Resolution. No. 1369 Ex.
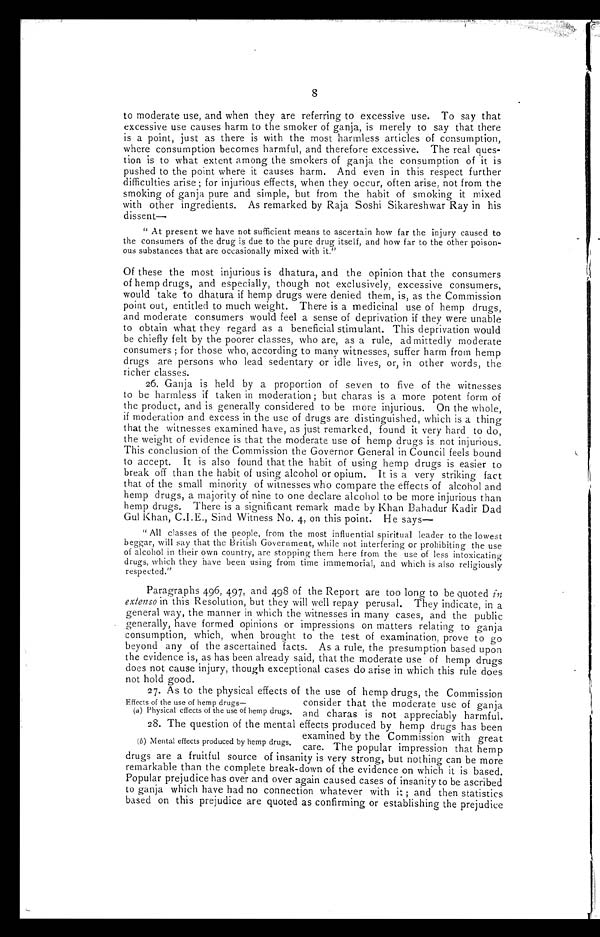
8
to moderate use, and when they are referring to excessive use. To say that
excessive use causes harm to the smoker of ganja, is merely to say that there
is a point, just as there is with the most harmless articles of consumption,
where consumption becomes harmful, and therefore excessive. The real ques-
tion is to what extent among the smokers of ganja the consumption of it is
pushed to the point where it causes harm. And even in this respect further
difficulties arise; for injurious effects, when they occur, often arise, not from the
smoking of ganja pure and simple, but from the habit of smoking it mixed
with other ingredients. As remarked by Raja Soshi Sikareshwar Ray in his
dissent—
" At present we have not sufficient means to ascertain how far the injury caused to
the consumers of the drug is due to the pure drug itself, and how far to the other poison-
ous substances that are occasionally mixed with it."
Of these the most injurious is dhatura, and the opinion that the consumers
of hemp drugs, and especially, though not exclusively, excessive consumers,
would take to dhatura if hemp drugs were denied them, is, as the Commission
point out, entitled to much weight. There is a medicinal use of hemp drugs,
and moderate consumers would feel a sense of deprivation if they were unable
to obtain what they regard as a beneficial stimulant. This deprivation would
be chiefly felt by the poorer classes, who are, as a rule, ad mittedly moderate
consumers; for those who, according to many witnesses, suffer harm from hemp
drugs are persons who lead sedentary or idle lives, or, in other words, the
richer classes.
26. Ganja is held by a proportion of seven to five of the witnesses
to be harmless if taken in moderation; but charas is a more potent form of
the product, and is generally considered to be more injurious. On the whole,
if moderation and excess in the use of drugs are distinguished, which is a thing
that the witnesses examined have, as just remarked, found it very hard to do,
the weight of evidence is that the moderate use of hemp drugs is not injurious.
This conclusion of the Commission the Governor General in Council feels bound
to accept. It is also found that the habit of using hemp drugs is easier to
break off than the habit of using alcohol or opium. It is a very striking fact
that of the small minority of witnesses who compare the effects of alcohol and
hemp drugs, a majority of nine to one declare alcohol to be more injurious than
hemp drugs. There is a significant remark made by Khan Bahadur Kadir Dad
Gul Khan, C.I.E., Sind Witness No. 4, on this point. He says-
" All classes of the people, from the most influential spiritual leader to the lowest
beggar, will say that the British Government, while not interfering or prohibiting the use
of alcohol in their own country, are stopping them here from the use of less intoxicating
drugs, which they have been using from time immemorial, and which is also religiously
respected."
Paragraphs 496, 497, and 498 of the Report are too long to be quoted in
extenso in this Resolution, but they will well repay perusal. They indicate, in a
general way, the manner in which the witnesses in many cases, and the public
generally, have formed opinions or impressions on matters relating to ganja
consumption, which, when brought to the test of examination, prove to go
beyond any of the ascertained facts. As a rule, the presumption based upon
the evidence is, as has been already said, that the moderate use of hemp drugs
does not cause injury, though exceptional cases do arise in which this rule does
not hold good.
27. As to the physical effects of the use of hemp drugs, the Commission
Effects of the use of hemp drugs—
consider that the moderate use of ganja
(a) Physical effects of the use of hemp drugs. and charas is not appreciably harmful.
28. The question of the mental effects produced by hemp drugs has been
examined by the Commission with great
(b) Mental effects produced by hemp drugs.
care. The popular impression that hemp
drugs are a fruitful source of insanity is very strong, but nothing can be more
remarkable than the complete break-down of the evidence on which it is based.
Popular prejudice has over and over again caused cases of insanity to be ascribed
to ganja which have had no connection whatever with it; and then statistics
based on this prejudice are quoted as confirming or establishing the prejudice